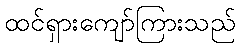
ထင်ရှားကျော်ကြားသည်